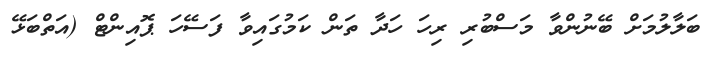
ބަލާލުމަށް ބޭނުންވާ މަސްބުރި ރިހަ ހަދާ ތަން ކަމުގައިވާ ފަސޭހަ ޕޮއިންޓް (އަތްބަޅޭ